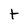
Character: t